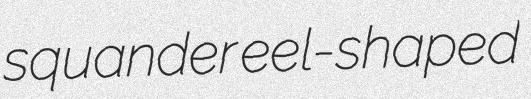
squander eel-shaped